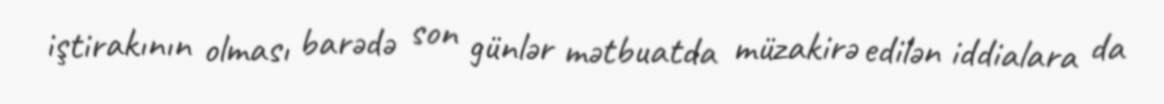
iştirakının olması barədə son günlər mətbuatda müzakirə edilən iddialara da